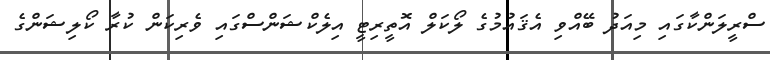
ސްރީލަންކާގައި މިއަދު ބޭއްވި އެޤައުމުގެ ލޯކަލް އޮތީރިޓީ އިލެކްޝަންސްގައި ވެރިކަން ކުރާ ކޯލިޝަންގެ